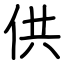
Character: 供